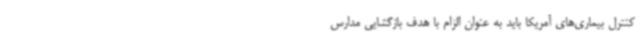
کنترل بیماری‌های آمریکا باید به عنوان الزام با هدف بازگشایی مدارس